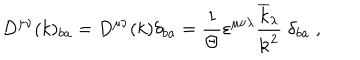
D ^ { \mu \nu } ( k ) _ { b a } = D ^ { \mu \nu } ( k ) \delta _ { b a } = \frac { 1 } { \Theta } \varepsilon ^ { \mu \nu \lambda } \frac { \overline { { { k } } } _ { \lambda } } { { \bf k } ^ { 2 } } \; \delta _ { b a } \; ,